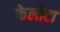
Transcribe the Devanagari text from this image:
केलोटा